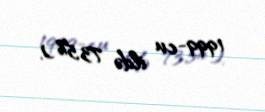
1999-cu ildə 73,5%).